system: You are a helpful assistant.
user:
Analyze the provided spectrum to determine if it is a **S-type Star**.

- **Key Indicators for S-type Star:**

    - **(Overall Spectrum Shape):** The first and most obvious characteristic is the overall continuum (the "baseline" shape). It is **extremely "red-sloping,"** meaning the flux (light intensity) is very low on the left side (blue, ~4000-4500 Å) and rises steeply and continuously toward the right side (red, ~7000 Å+).

    - **(Primary):** The spectrum is defined by the presence of strong, broad molecular absorption "valleys" (bands) from **Zirconium Oxide (ZrO)**. The identification of these bands is the **primary requirement** for classifying a star as S-type.
        - **(Key Bandheads):** You must find distinct, deep "dips" where the light has been absorbed. The most critical band systems to locate are:
            - **~6474 Å** ($\gamma$-system): This is often the strongest and clearest ZrO feature, found in the red part of the spectrum.
            - **~5718 Å** & **~5551 Å** ($\beta$-system): A pair of prominent absorption features in the yellow-orange part of the spectrum.
            - **~4640 Å** ($\alpha$-system): A key absorption band system in the blue-green region of the spectrum.

    - **(Secondary Confirmation):** The classification is strengthened by finding additional absorption bands from other related heavy element oxides, which are expected to be present alongside ZrO.
        - **(Key Bandheads):**
            - **Yttrium Oxide (YO):** Look for absorption dips near **~4800 Å** and **~6100 Å**.
            - **Lanthanum Oxide (LaO):** Additional absorption features, particularly in the red-orange part of the spectrum, are also characteristic.

    - **(Line Profile):** The combination of the steep red continuum and these numerous, deep molecular bands (ZrO, YO, etc.) gives the entire spectrum a very **"chopped-up"** or **"bumpy"** appearance. Instead of a smooth curve, the spectrum looks as though large, wide chunks of light have been "carved out" of it at the specific wavelengths listed above.

Think first, call **spectral_visualization_tool** if needed to examine features in detail, then provide your final answer. Your response must adhere to the following strict rules:
1.  **Overall Structure:** Your response must follow the format `<think>...</think> <tool_call>...</tool_call> (if a tool is used) <answer>...</answer>`.
2.  **Tool Usage Constraint:** You may only make **one** tool call per turn.
3.  **Final Answer Format:** In the `<answer>` tag, your conclusion must be inside a `\boxed{}` command (e.g., `\boxed{YES}` or `\boxed{NO}`), followed by your justification.

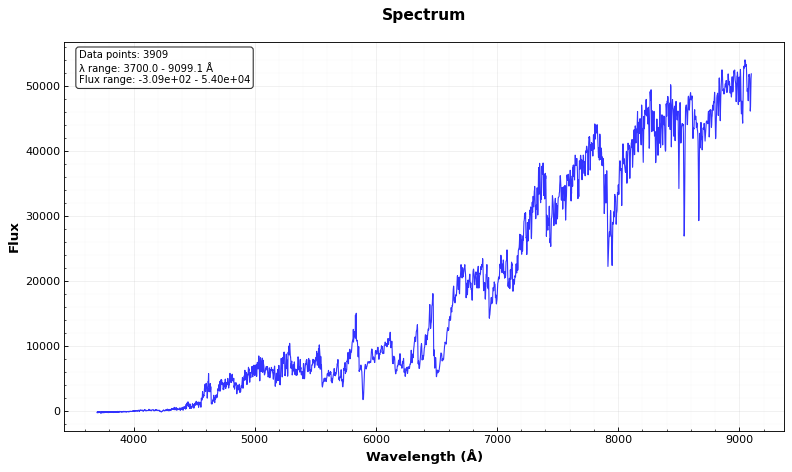
Answer: YES